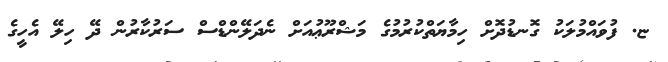
ޏ. ފުވައްމުލަކު ގޮނޑުދޮށް ހިމާޔަތްކުރުމުގެ މަޝްރޫޢުއަށް ނެދަލޭންޑްސް ސަރުކާރުން ދޭ ހިލޭ އެހީގެ